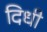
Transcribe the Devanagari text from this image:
दिधी